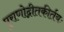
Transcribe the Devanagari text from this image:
पुराणोद्गीतकीर्तयः